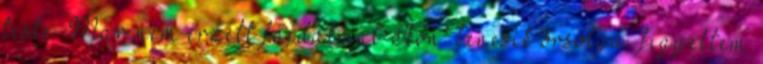
teste. Már nem érzett fájdalmat Ikon. bencsik orsolya. figyeltem